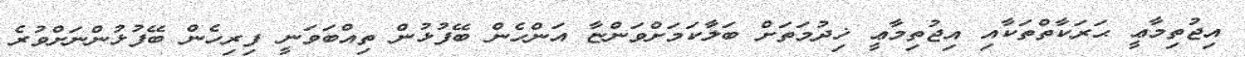
އިޖުތިމާޢީ ޙަރަކާތްތަކާއި އިޖުތިމާޢީ ޚިދުމަތަށް ބަލާކަމަށްވަންޏާ އަންހެން ބޭފުޅުން ތިއްބަވަނީ ފިރިހެން ބޭފުޅުންނަށްވުރެ